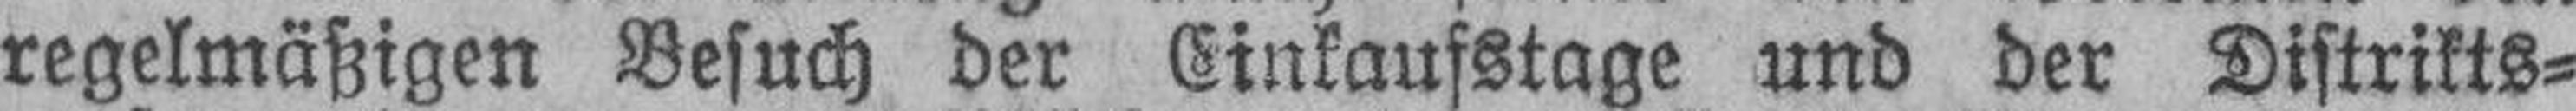
regelmäßigen Besuch der Einkaufstage und der Distrikts¬